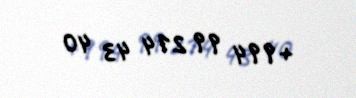
+994 99 214 43 40